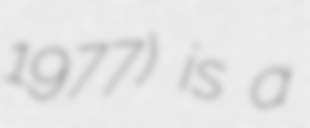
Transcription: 1977) is a